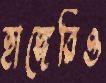
হাঙ্গেরিও